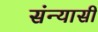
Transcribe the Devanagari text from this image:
संन्‍यासी